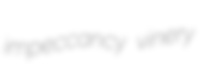
impeccancy vinery